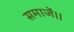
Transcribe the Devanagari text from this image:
समाजें।।